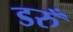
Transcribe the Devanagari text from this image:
डरुँ